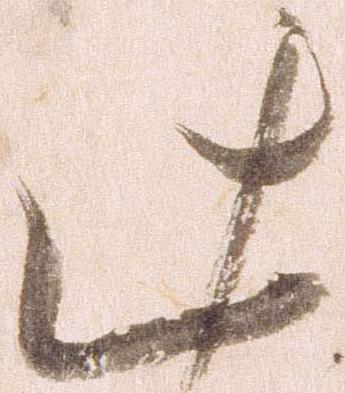
此